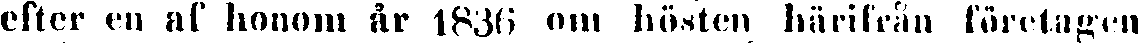
efter en af honom år 1836 om hösten härifrån företagen